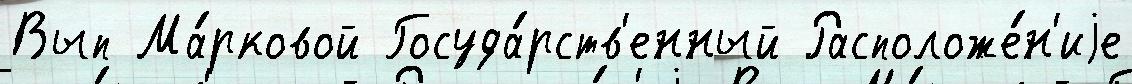
Вып Ма́рковой Госуда́рств'енный Расположе́н'иjе